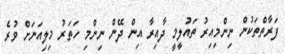
ފަރާތްތަކުން ނިންމިއިރު ތައުލީމީ ދާއިރާ އިން ދޭން ނިންމި ހަތަރު މިލިއަނަށް ވުރެ